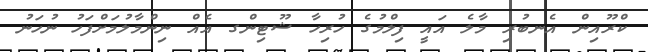
ކްރޫއިން އެނބުރި މާލެ އައީ ފިލްމުގެ ހުރިހާ ޝޫޓިންގ އެއް ނިންމާލުމަށްފަހު ނުހަނު